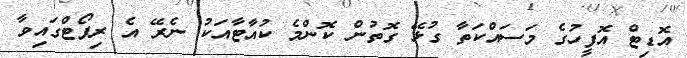
އޮޑިޓް އޮފީހުގެ މަސައްކަތާ ގުޅޭ ގޮތުން ކޮންމެ ކުއާޓާއަކު ނެރޭ އެ ރިޕޯޓްގައިވާ